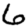
Digit: 6